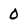
Character: 0